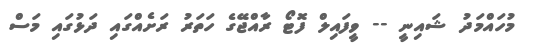
މުހައްމަދު ޝައިނީ -- ވީފައިލް ފޮޓޯ ރާއްޖޭގެ ހަތަރު ރަށެއްގައި ދަޅުގައި މަސް